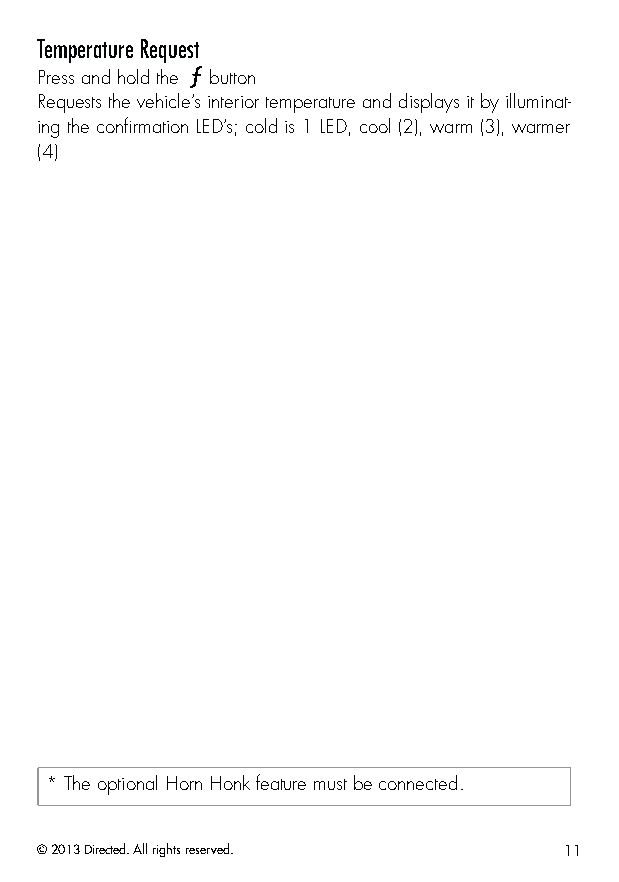
Temperature Request
 Press and hold the button
 Requests the vehicle’s interior temperature and displays it by illuminat-
 ing the confirmation LED’s; cold is 1 LED, cool (2), warm (3), warmer
 (4)
 * The optional Horn Honk feature must be connected.
 © 2013 Directed. All rights reserved. 11